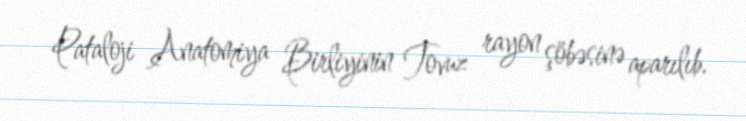
Pataloji Anatomiya Birliyinin Tovuz rayon şöbəsinə aparılıb.